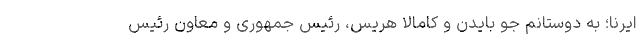
ایرنا؛ به دوستانم جو بایدن و کامالا هریس، رئیس جمهوری و معاون رئیس